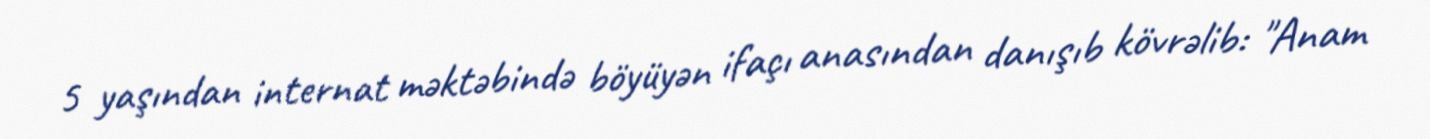
5 yaşından internat məktəbində böyüyən ifaçı anasından danışıb kövrəlib: "Anam